Elephants and their diseases
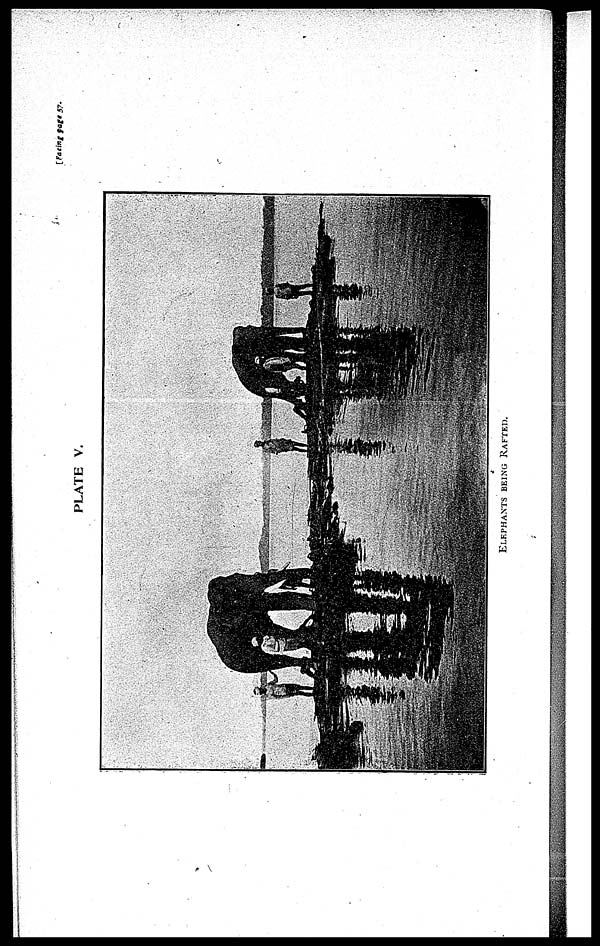
[Facing page 57.
PLATE V.
ELEPHANTS BEING RAFTED.